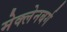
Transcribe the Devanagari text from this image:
मेक्लेनबर्ग